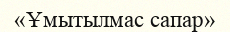
«Ұмытылмас сапар»